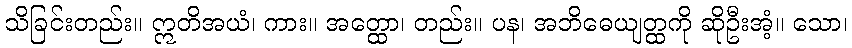
သိခြင်းတည်း။ ဣတိအယံ၊ ကား။ အတ္ထော၊ တည်း။ ပန၊ အဘိဓေယျတ္ထကို ဆိုဦးအံ့။ သော၊